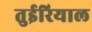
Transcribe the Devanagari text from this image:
तुईरियाल